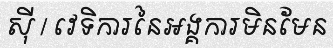
ស៊ី / វេទិការនៃអង្គការមិនមែន